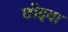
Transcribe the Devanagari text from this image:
छोइया